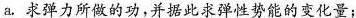
a.求弹力所做的功，并据此求弹性势能的变化量；